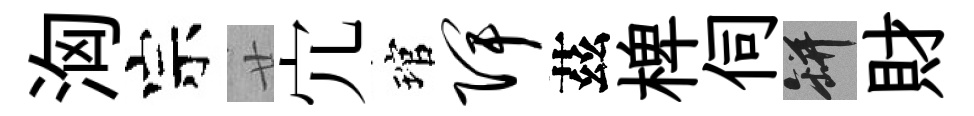
洶宗廿宂琯陴茲椑伺瓶財